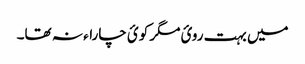
میں بہت روئ مگر کوئ چاراء نہ تھا۔